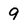
Character: 9